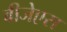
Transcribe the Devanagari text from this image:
बीजेएस